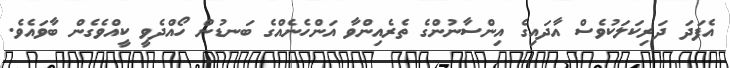
އެފަދަ ދަރިކަލަކުވެސް އާދައިގެ އިންސާނުންގެ ތެރެއިންވާ އަންހެނެއްގެ ބަނޑުން ހޯއްދެވީ ކީއްވެގެން ބާވައެވެ.